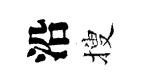
沿搜